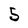
Character: 5